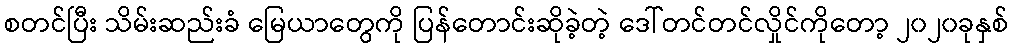
စတင်ပြီး သိမ်းဆည်းခံ မြေယာတွေကို ပြန်တောင်းဆိုခဲ့တဲ့ ဒေါ်တင်တင်လှိုင်ကိုတော့ ၂၀၂၀ခုနှစ်